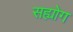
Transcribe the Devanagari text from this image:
सह्योग